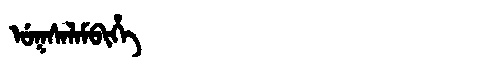
Manchu: ᡠᡴᠰᠠᠯᠠᠮᠪᡳᡥᡝ
Romanization: UKSALAMBIHE